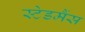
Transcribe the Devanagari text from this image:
स्टेडमैंस